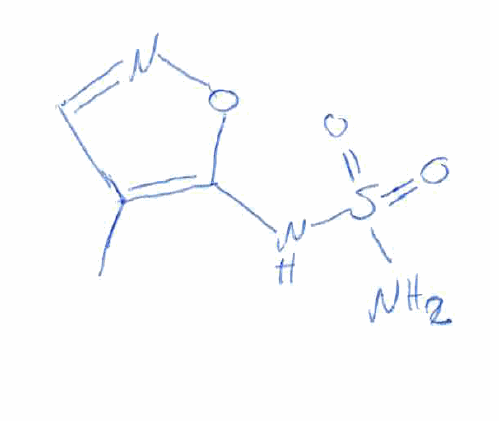
Simplified molecular-input line-entry system (SMILES) notation of the given molecule:
CC1=C(ON=C1)NS(=O)(=O)N